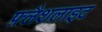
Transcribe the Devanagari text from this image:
फ़्लैशलाइट